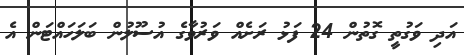
އަދި ވަގުތީ ގޮތުން 24 ފަޅު ރަށެއް ވަރުވާގެ އުސޫލުން ބަލަހައްޓަން އެ